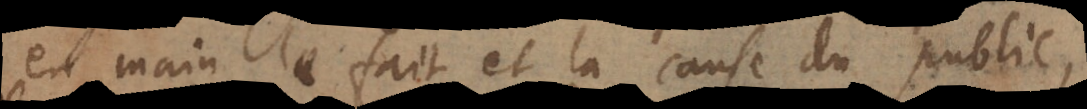
en main le fait et la cause du public,